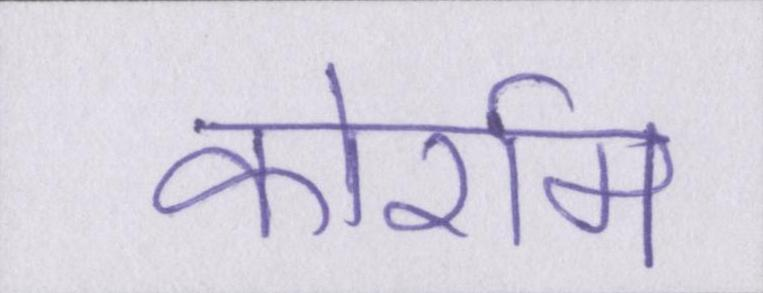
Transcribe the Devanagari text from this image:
कोर्राम